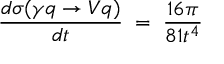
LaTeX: \frac { d \sigma ( \gamma q \rightarrow V q ) } { d t } \; = \; \frac { 1 6 \pi } { 8 1 t ^ { 4 } }